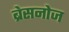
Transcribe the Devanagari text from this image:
ब्रेसनोज